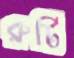
রুটি